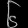
Digit: ၆